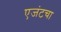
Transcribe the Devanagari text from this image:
एजंटचा